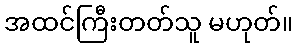
အထင်ကြီးတတ်သူ မဟုတ်။